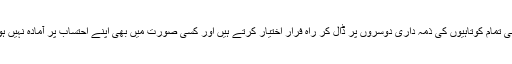
ہم اپنی تمام کوتاہیوں کی ذمہ داری دوسروں پر ڈال کر راہ فرار اختیار کرتے ہیں اور کسی صورت میں بھی اپنے احتساب پر آمادہ نہیں ہوتے۔